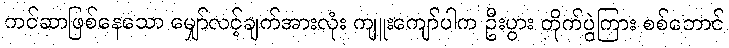
ကင်ဆာဖြစ်နေသော မျှော်လင့်ချက်အားလုံး ကျူးကျော်ပါက ဦးပွား တိုက်ပွဲကြား စစ်ဘောင်